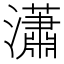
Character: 瀟